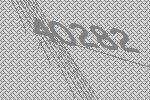
40282